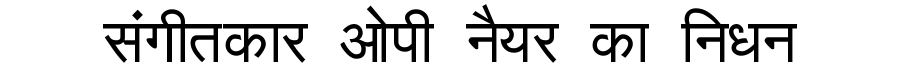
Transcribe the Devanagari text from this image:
संगीतकार ओपी नैयर का निधन